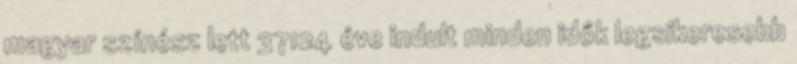
magyar színész lett 37124 éve indult minden idők legsikeresebb